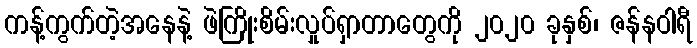
ကန့်ကွက်တဲ့အနေနဲ့ ဖဲကြိုးစိမ်းလှုပ်ရှာတာတွေကို ၂၀၂၀ ခုနှစ်၊ ဇန်နဝါရီ